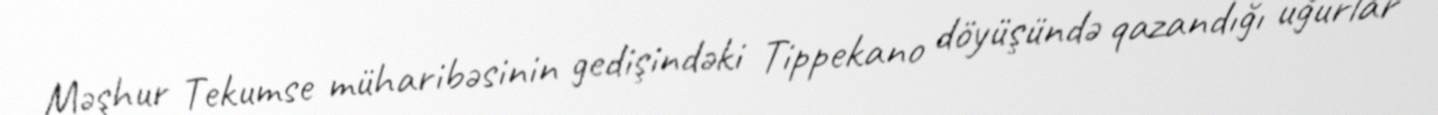
Məşhur Tekumse müharibəsinin gedişindəki Tippekano döyüşündə qazandığı uğurlar